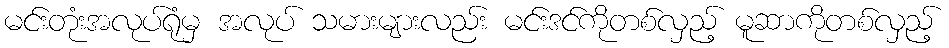
မင်းတုံးအလုပ်ရုံမှ အလုပ် သမားများလည်း မင်းဒင်ကိုတစ်လှည့် မူဆာကိုတစ်လှည့်